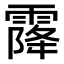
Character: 𩄐